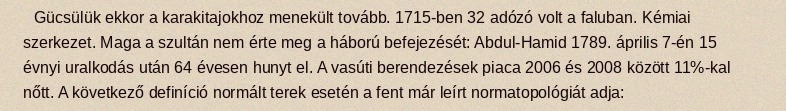
Gücsülük ekkor a karakitajokhoz menekült tovább. 1715-ben 32 adózó volt a faluban. Kémiai szerkezet. Maga a szultán nem érte meg a háború befejezését: Abdul-Hamid 1789. április 7-én 15 évnyi uralkodás után 64 évesen hunyt el. A vasúti berendezések piaca 2006 és 2008 között 11%-kal nőtt. A következő definíció normált terek esetén a fent már leírt normatopológiát adja: